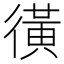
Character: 㣴